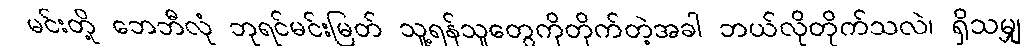
မင်းတို့ ဘေဘီလုံ ဘုရင်မင်းမြတ် သူ့ရန်သူတွေကိုတိုက်တဲ့အခါ ဘယ်လိုတိုက်သလဲ၊ ရှိသမျှ